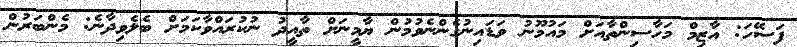
ފަސޭހަ: އާޒިމް މަހާސިންތާއަށް މައުމޫނު ވަޑައިނުގެންނެވުމުން ޔާމީނަށް ތާއީދު ނުކުރައްވާކަމަށް ބެލެވިދާނެ: މެންބަރުން